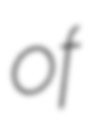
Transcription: of